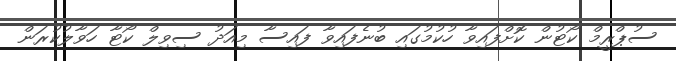
ސުޕްރީމް ކޯޓުން ކޮށްފައިވާ ހުކުމުގައި ބުނެފައިވާ ފައިސާ މިއަދު ސިވިލް ކޯޓާ ހަވާލުކުރަން